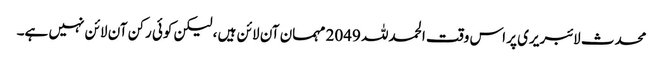
محدث لائبریری پر اس وقت الحمدللہ 2049 مہمان آن لائن ہیں ، لیکن کوئی رکن آن لائن نہیں ہے۔